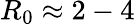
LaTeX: R_{0}\approx 2-4